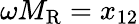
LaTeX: \omega M_{\mathrm{R}}=x_{12}